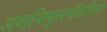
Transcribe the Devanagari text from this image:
अवान्तिकुलपौराणिक